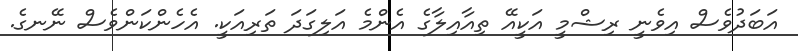
އަބަދުވެސް އިވެނީ ރިޝްމީ އަކީއޭ ތިއާއިލާގެ އެންމެ އަލިގަދަ ތަރިއަކީ. އެހެންކަންވެސް ނޭނގެ.